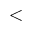
<